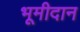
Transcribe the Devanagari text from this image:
भूमीदान